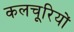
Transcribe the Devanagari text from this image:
कलचूरियों